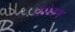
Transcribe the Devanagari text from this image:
टेपेटम